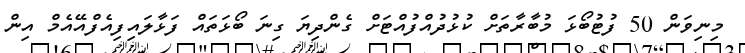
މިނިވަން 50 ފުޓުބޯޅަ މުބާރާތަށް ކުޅުދުއްފުއްޓަށް ގެންދިޔަ ގިނަ ބޯޅަތައް ފަޅާލައިފިއެފްއޭއެމް އިން